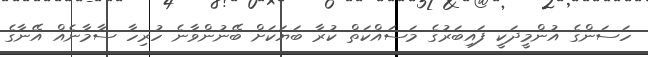
ހަސަންގެ އުންމީދަކީ ފައިބަރުގެ މަސައްކަތް ކުރާ ބަޔަކަށް ބޭނުންވާނެ ހުރިހާ ސާމާނެއް އޭނާގެ